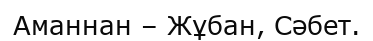
Аманнан – Жұбан, Сәбет.